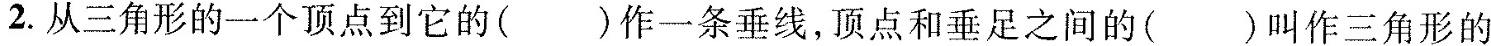
2.从三角形的一个顶点到它的( )作一条垂线，顶点和垂足之间的( )叫作三角形的